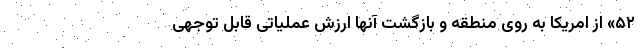
۵۲» از امریکا به روی منطقه و بازگشت آنها ارزش عملیاتی قابل توجهی